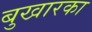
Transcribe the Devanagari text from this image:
बुखारका